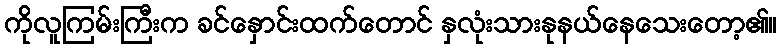
ကိုလူကြမ်းကြီးက ခင်နှောင်းထက်တောင် နှလုံးသားနုနယ်နေသေးတော့၏။